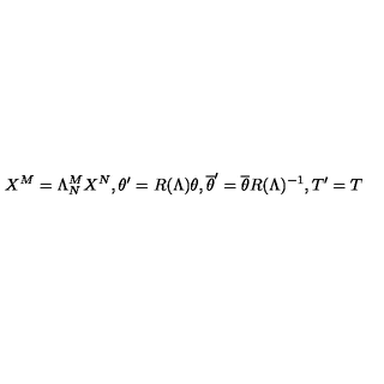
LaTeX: X ^ { M } = \Lambda _ { N } ^ { M } X ^ { N } , \theta ^ { \prime } = R ( \Lambda ) \theta , \overline { { \theta } } ^ { \prime } = \overline { { \theta } } R ( \Lambda ) ^ { - 1 } , T ^ { \prime } = T